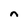
Character: n